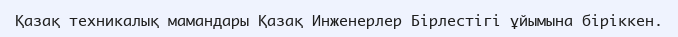
Қазақ техникалық мамандары Қазақ Инженерлер Бірлестігі ұйымына біріккен.